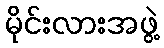
မိုင်းလားအဖွဲ့